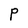
Character: P